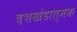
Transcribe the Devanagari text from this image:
दशखंडात्मक